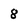
Character: 8